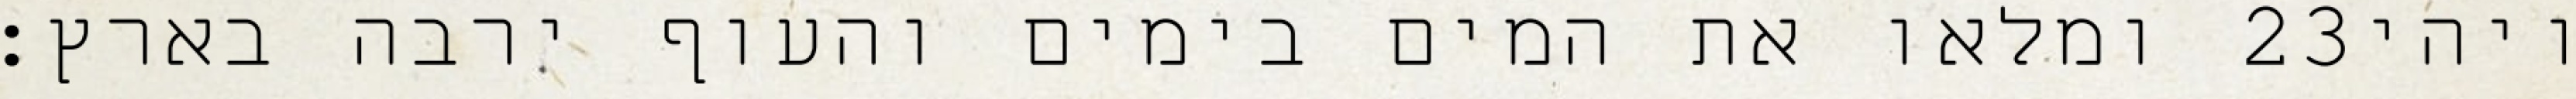
ומלאו את המים בימים והעוף ירבה בארץ׃ ‎23‏ ויהי